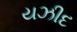
યઝીદ